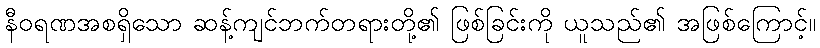
နီဝရဏအစရှိသော ဆန့်ကျင်ဘက်တရားတို့၏ ဖြစ်ခြင်းကို ယူသည်၏ အဖြစ်ကြောင့်။